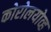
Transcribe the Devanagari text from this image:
कोरोलयोव्ह